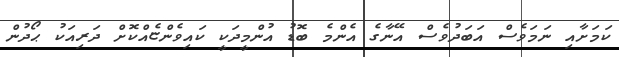
ކަމަށާއި ނަމަވެސް އަބަދުވެސް އޭނާގެ އެންމެ ބޮޑު އުންމީދަކީ ކައިވެންޏެއްކޮށް ދަރިއަކު ޙޯދުން